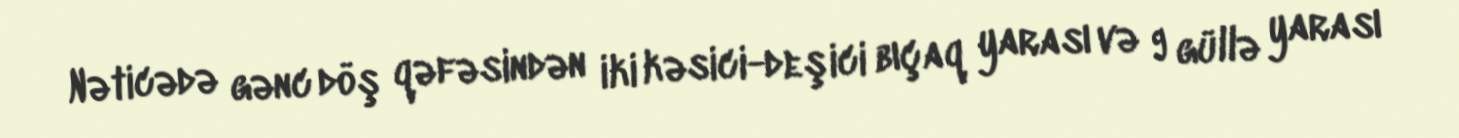
Nəticədə gənc döş qəfəsindən iki kəsici-deşici bıçaq yarası və 9 güllə yarası